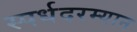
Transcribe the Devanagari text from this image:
स्पर्धदरम्यान